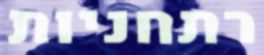
רתחניות